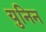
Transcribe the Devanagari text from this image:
युनिन